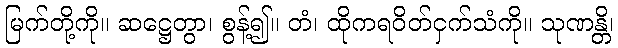
မြက်တို့ကို။ ဆဋ္ဌေတွာ၊ စွန့်၍။ တံ၊ ထိုကရဝိတ်ငှက်သံကို။ သုဏန္တိ၊